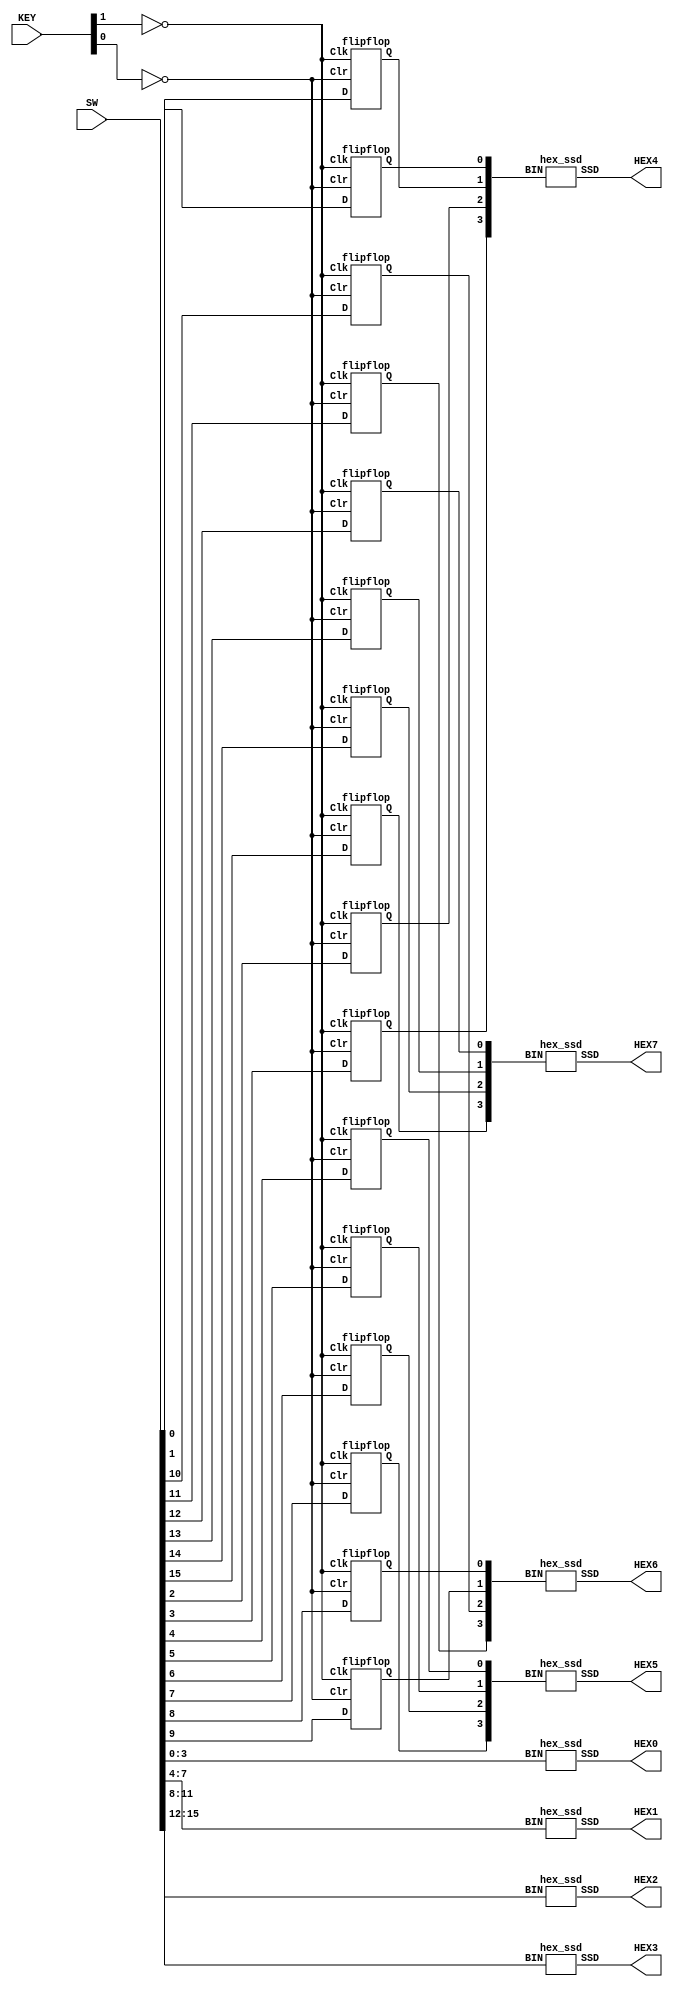
module part7 (SW, HEX7, HEX6, HEX5, HEX4, HEX3, HEX2, HEX1, HEX0, KEY);
   input [3:0] KEY;
   input [17:0] SW;
   output [6:0] HEX7, HEX6, HEX5, HEX4, HEX3, HEX2, HEX1, HEX0;
  
   wire [15:0] Q;

   flipflop F0 (~KEY[1], SW[0], Q[0], ~KEY[0]);
   flipflop F1 (~KEY[1], SW[1], Q[1], ~KEY[0]);
   flipflop F2 (~KEY[1], SW[2], Q[2], ~KEY[0]);
   flipflop F3 (~KEY[1], SW[3], Q[3], ~KEY[0]);
   flipflop F4 (~KEY[1], SW[4], Q[4], ~KEY[0]);
   flipflop F5 (~KEY[1], SW[5], Q[5], ~KEY[0]);
   flipflop F6 (~KEY[1], SW[6], Q[6], ~KEY[0]);
   flipflop F7 (~KEY[1], SW[7], Q[7], ~KEY[0]);
   flipflop F8 (~KEY[1], SW[8], Q[8], ~KEY[0]);
   flipflop F9 (~KEY[1], SW[9], Q[9], ~KEY[0]);
   flipflop F10 (~KEY[1], SW[10], Q[10], ~KEY[0]);
   flipflop F11 (~KEY[1], SW[11], Q[11], ~KEY[0]);
   flipflop F12 (~KEY[1], SW[12], Q[12], ~KEY[0]);
   flipflop F13 (~KEY[1], SW[13], Q[13], ~KEY[0]);
   flipflop F14 (~KEY[1], SW[14], Q[14], ~KEY[0]);
   flipflop F15 (~KEY[1], SW[15], Q[15], ~KEY[0]);
   
   hex_ssd H0 (SW[3:0], HEX0);
   hex_ssd H1 (SW[7:4], HEX1);
   hex_ssd H2 (SW[11:8], HEX2);
   hex_ssd H3 (SW[15:12], HEX3);
   hex_ssd H4 (Q[3:0], HEX4);
   hex_ssd H5 (Q[7:4], HEX5);
   hex_ssd H6 (Q[11:8], HEX6);
   hex_ssd H7 (Q[15:12], HEX7);
endmodule

module D_latch (Clk, D, Q, Clr);
   input D, Clk, Clr;
   output reg Q;
   always @ (posedge Clk)
     if (Clk)
       Q = D;
 	else
     if (Clr)
       Q = 0;
endmodule

module flipflop (Clk, D, Q, Clr);
   input Clk, D, Clr;
   output Q;
   
   wire Qm;
   D_latch D0 (~Clk, D, Qm, Clr);
   D_latch D1 (Clk, Qm, Q, Clr);
endmodule

module hex_ssd (BIN, SSD);
   output reg [6:0] SSD;
   input [3:0] BIN;
 
   always @(BIN)
     case(BIN)
       4'h0: SSD = ~7'b0111111;
		 4'h1: SSD = ~7'b0000110;
		 4'h2: SSD = ~7'b1011011;
		 4'h3: SSD = ~7'b1001111;
		 4'h4: SSD = ~7'b1100110;
		 4'h5: SSD = ~7'b1101101;
		 4'h6: SSD = ~7'b1111101;
		 4'h7: SSD = ~7'b0000111;
		 4'h8: SSD = ~7'b1111111;
		 4'h9: SSD = ~7'b1100111;
		 4'hA: SSD = ~7'b1110111;
		 4'hB: SSD = ~7'b1111100;
		 4'hC: SSD = ~7'b0111001;
		 4'hD: SSD = ~7'b1011110;
		 4'hE: SSD = ~7'b1111001;
		 4'hF: SSD = ~7'b1110001;
		 default: SSD = ~7'b1111001;
	  endcase
endmodule